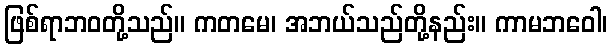
ဖြစ်ရာဘဝတို့သည်။ ကတမေ၊ အဘယ်သည်တို့နည်း။ ကာမဘဝေါ၊